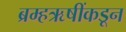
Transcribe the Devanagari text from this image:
ब्रम्हऋषींकडून